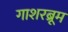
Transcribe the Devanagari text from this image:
गाशरब्रूम